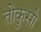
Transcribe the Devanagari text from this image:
तोकुसो